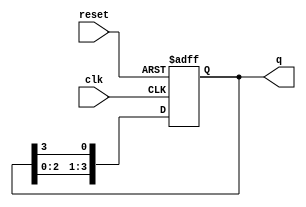
module ring_counter #(
    parameter N = 4  // Number of flip-flops (states)
)(
    input wire clk,      // Clock input
    input wire reset,    // Asynchronous reset
    output reg [N-1:0] q // Output state of the ring counter
);

// Initial state
initial begin
    q = 1'b1; // Start with the first flip-flop set to high
end

// Sequential logic for the ring counter
always @(posedge clk or posedge reset) begin
    if (reset) begin
        q <= 1'b1; // Reset state to 000...01
    end else begin
        // Shift the '1' to the left, wrapping around
        q <= {q[N-2:0], q[N-1]}; // Shift left and wrap the last bit
    end
end

endmodule